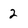
Character: 2